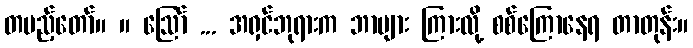
တပည့်တော်။ ။ ဩော် ... အရှင်ဘုရားက ဘာများ ကြားလို့ စစ်ကြောနေရ တာတုန်း။